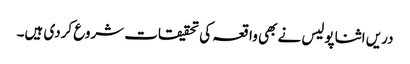
دریں اثنا پولیس نے بھی واقعہ کی تحقیقات شروع کردی ہیں۔